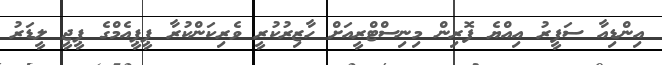
އިންޑިއާ ސަފީރު އިއްޔެ ފޮރިން މިނިސްޓްރީއަށް ހާޒިރުކުރީ ވެރިކަންކުރާ ޕީޕީއެމްގެ ޕީޖީ ލީޑަރު